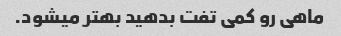
ماهی رو کمی تفت بدهید بهتر میشود.